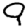
Digit: 9